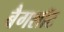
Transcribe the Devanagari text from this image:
बैगशॉट